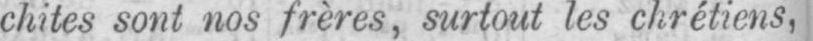
chites sont nos frères, surtout les chrétiens,